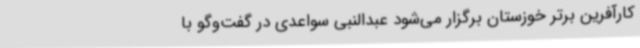
کارآفرین برتر خوزستان برگزار می‌شود عبدالنبی سواعدی در گفت‌وگو با